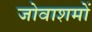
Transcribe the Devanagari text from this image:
जोवाशमों